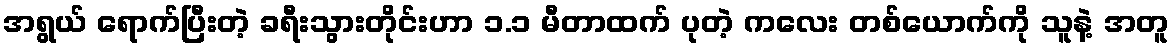
အရွယ် ရောက်ပြီးတဲ့ ခရီးသွားတိုင်းဟာ ၁.၁ မီတာထက် ပုတဲ့ ကလေး တစ်ယောက်ကို သူနဲ့ အတူ